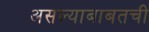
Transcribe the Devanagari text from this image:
असल्याबाबतची